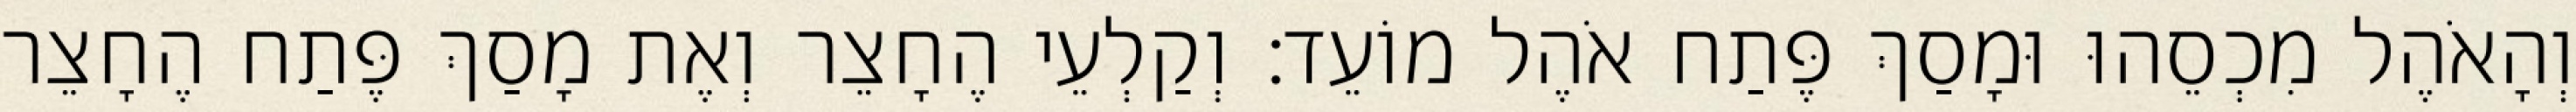
וְהָאֹהֶל מִכְסֵהוּ וּמָסַךְ פֶּתַח אֹהֶל מוֹעֵד׃ וְקַלְעֵי הֶחָצֵר וְאֶת מָסַךְ פֶּתַח הֶחָצֵר